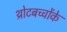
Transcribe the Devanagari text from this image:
थ्रोटबच्चोंके